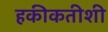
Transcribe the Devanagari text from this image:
हकीकतीशी